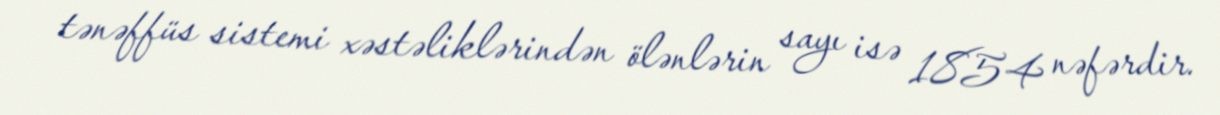
tənəffüs sistemi xəstəliklərindən ölənlərin sayı isə 1854 nəfərdir.